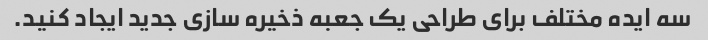
سه ایده مختلف برای طراحی یک جعبه ذخیره سازی جدید ایجاد کنید.